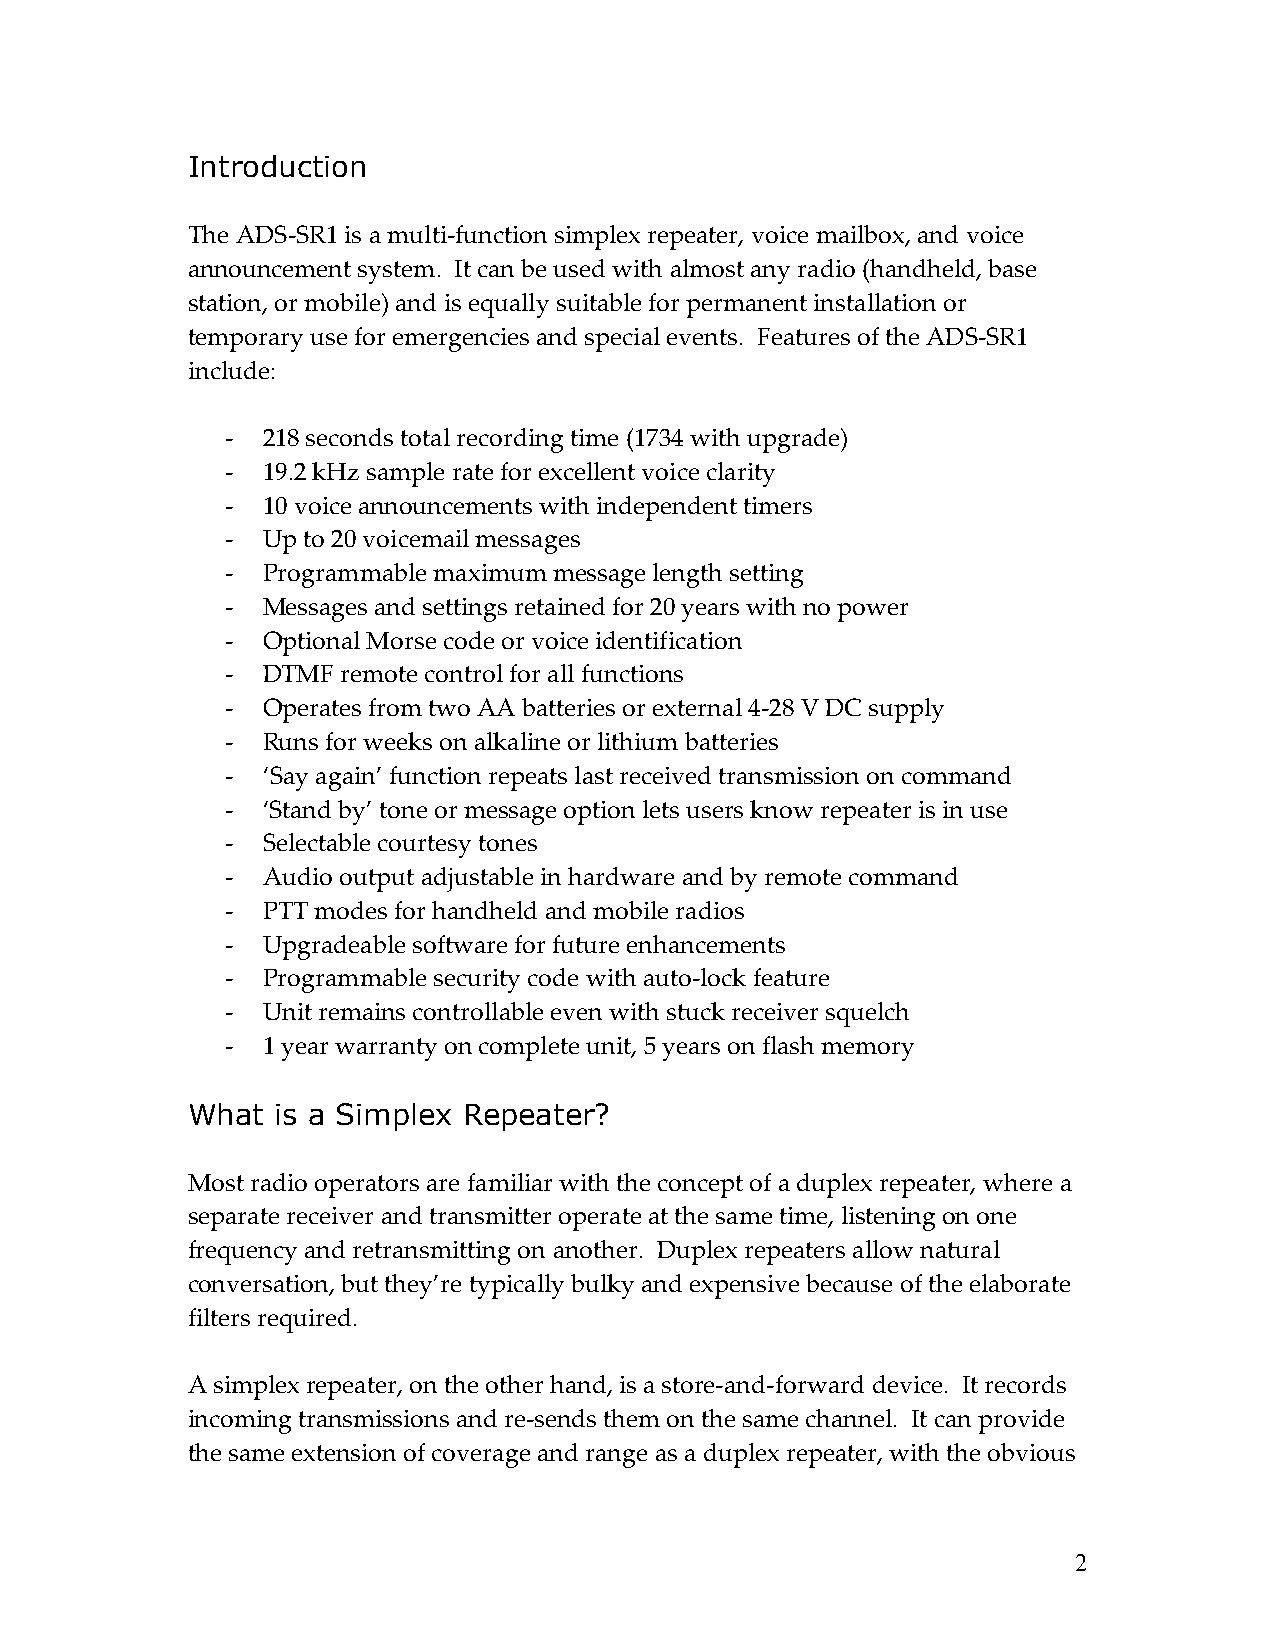
Introduction
 The ADS-SR1 is a multi-function simplex repeater, voice mailbox, and voice
 announcement system. It can be used with almost any radio (handheld, base
 station, or mobile) and is equally suitable for permanent installation or
 temporary use for emergencies and special events. Features of the ADS-SR1
 include:
 - 218 seconds total recording time (1734 with upgrade)
 - 19.2 kHz sample rate for excellent voice clarity
 - 10 voice announcements with independent timers
 - Up to 20 voicemail messages
 - Programmable maximum message length setting
 - Messages and settings retained for 20 years with no power
 - Optional Morse code or voice identification
 - DTMF  remote control for all functions
 - Operates from two AA batteries or external 4-28 V DC supply
 - Runs for weeks on alkaline or lithium batteries
 - ‘Say again’ function repeats last received transmission on command
 - ‘Stand by’ tone or message option lets users know repeater is in use
 - Selectable courtesy tones
 - Audio output adjustable in hardware and by remote command
 - PTT modes for handheld and mobile radios
 - Upgradeable software for future enhancements
 - Programmable security code with auto-lock feature
 - Unit remains controllable even with stuck receiver squelch
 - 1 year warranty on complete unit, 5 years on flash memory
 What  is a Simplex Repeater?
 Most radio operators are familiar with the concept of a duplex repeater, where a
 separate receiver and transmitter operate at the same time, listening on one
 frequency and retransmitting on another. Duplex repeaters allow natural
 conversation, but they’re typically bulky and expensive because of the elaborate
 filters required.
 A simplex repeater, on the other hand, is a store-and-forward device. It records
 incoming transmissions and re-sends them on the same channel. It can provide
 the same extension of coverage and range as a duplex repeater, with the obvious
 2